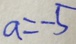
a = - 5